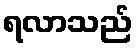
ရလာသည်